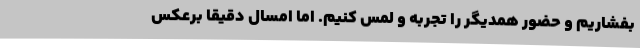
بفشاریم و حضور همدیگر را تجربه و لمس کنیم. اما امسال دقیقاً برعکس